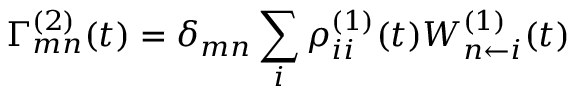
\Gamma _ { m n } ^ { ( 2 ) } ( t ) = \delta _ { m n } \sum _ { i } \rho _ { i i } ^ { ( 1 ) } ( t ) W _ { n \leftarrow i } ^ { ( 1 ) } ( t )